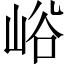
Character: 峪